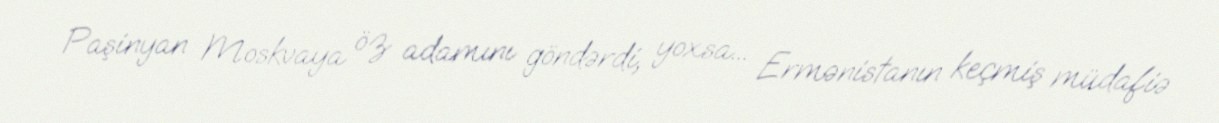
Paşinyan Moskvaya öz adamını göndərdi, yoxsa... Ermənistanın keçmiş müdafiə